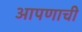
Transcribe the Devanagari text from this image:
आपणाची